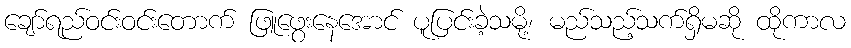
ချော်ရည်ဝင်းဝင်းတောက် ဖြူဖွေးနေအောင် ပူပြင်းခဲ့သမို့၊ မည်သည့်သက်ရှိမဆို ထိုကာလ